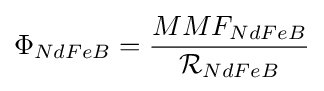
\Phi _{NdFeB}={\frac {MMF_{NdFeB}}{{\mathcal {R}}_{NdFeB}}}